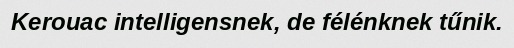
Kerouac intelligensnek, de félénknek tűnik.